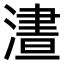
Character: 𣻱